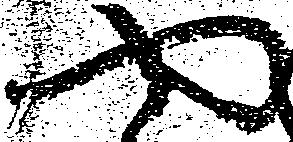
や